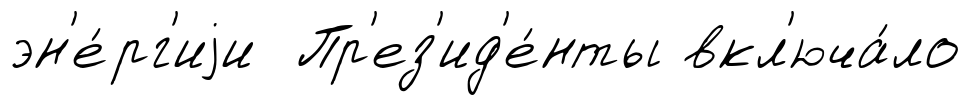
эн'е́рг'иjи Пр'ез'ид'е́нты вкл'юча́ло